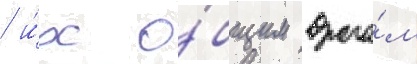
/ и́х о́бщим враго́м